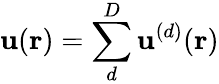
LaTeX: \mathbf{u}(\mathbf{r})=\sum_{d}^{D}\mathbf{u}^{(d)}(\mathbf{r})